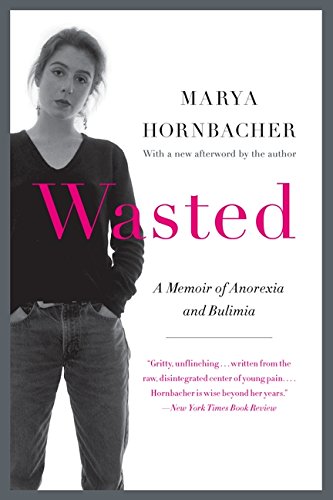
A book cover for Wasted Updated Edition: A Memoir of Anorexia and Bulimia (P.S.); Marya Hornbacher; Self-Help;